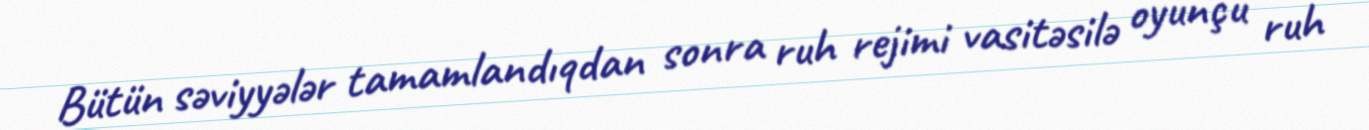
Bütün səviyyələr tamamlandıqdan sonra ruh rejimi vasitəsilə oyunçu ruh